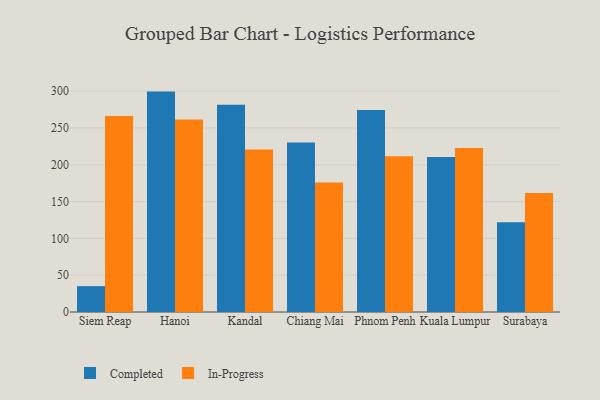
{"axis": {"x": "City", "y": "Inventory Turnover"}, "legend": ["Completed", "In-Progress"], "data": [{"x": "Siem Reap", "y": 35.1, "type": "Completed"}, {"x": "Siem Reap", "y": 266.4, "type": "In-Progress"}, {"x": "Hanoi", "y": 299.4, "type": "Completed"}, {"x": "Hanoi", "y": 261.4, "type": "In-Progress"}, {"x": "Kandal", "y": 281.5, "type": "Completed"}, {"x": "Kandal", "y": 220.7, "type": "In-Progress"}, {"x": "Chiang Mai", "y": 230.4, "type": "Completed"}, {"x": "Chiang Mai", "y": 175.9, "type": "In-Progress"}, {"x": "Phnom Penh", "y": 274.5, "type": "Completed"}, {"x": "Phnom Penh", "y": 211.5, "type": "In-Progress"}, {"x": "Kuala Lumpur", "y": 210.5, "type": "Completed"}, {"x": "Kuala Lumpur", "y": 222.8, "type": "In-Progress"}, {"x": "Surabaya", "y": 122.0, "type": "Completed"}, {"x": "Surabaya", "y": 161.7, "type": "In-Progress"}]}